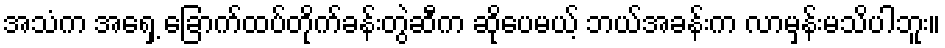
အသံက အရှေ့ ခြောက်ထပ်တိုက်ခန်းတွဲဆီက ဆိုပေမယ့် ဘယ်အခန်းက လာမှန်းမသိပါဘူး။